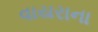
વાયરાના